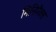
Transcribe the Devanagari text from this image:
मिनिमैक्स